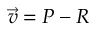
{ \vec { v } } = P - R